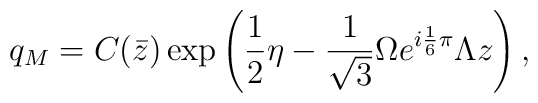
q_M = C(\bar{z}) \exp \left(\frac{1}{2} \eta - \frac{1}{\sqrt{3}} \Omega e^{i \frac{1}{6} \pi } \Lambda z\right),